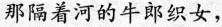
那隔着河的牛郎织女，